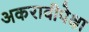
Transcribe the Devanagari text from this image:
अकरावीपेक्षा